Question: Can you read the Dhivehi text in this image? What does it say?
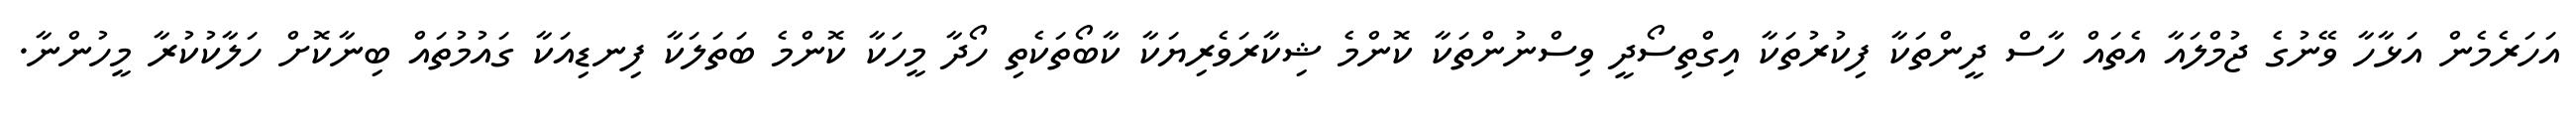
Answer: އަހަރެމެން އަޅާހާ ވޭނުގެ ޖުމްލައާ އެތައް ހާސް ދީންތަކާ ފިކުރުތަކާ އިގްތިސޯދީ ވިސްނުންތަކާ ކޮންމެ ޝިކާރަވެރިޔަކާ ކާބޯތަކެތި ހޯދާ މީހަކާ ކޮންމެ ބަތަލަކާ ފިނޑިއަކާ ގައުމުތައް ބިނާކޮށް ހަލާކުކުރާ މީހުންނާ.